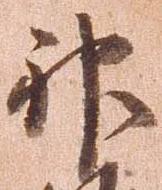
神